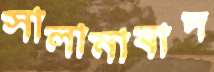
সালামাবাদ